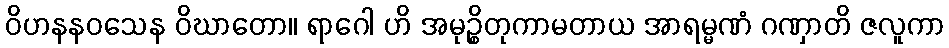
ဝိဟနနဝသေန ဝိဃာတော။ ရာဂေါ ဟိ အမုဉ္စိတုကာမတာယ အာရမ္မဏံ ဂဏှာတိ ဇလူကာ